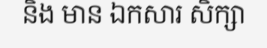
និង មាន ឯកសារ សិក្សា